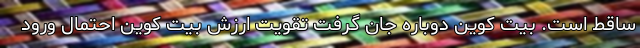
ساقط است. بیت کوین دوباره جان گرفت تقویت ارزش بیت کوین احتمال ورود